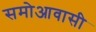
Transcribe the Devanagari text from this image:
समोआवासी